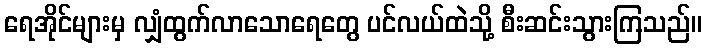
ရေအိုင်များမှ လျှံထွက်လာသောရေတွေ ပင်လယ်ထဲသို့ စီးဆင်းသွားကြသည်။